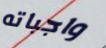
واجباته